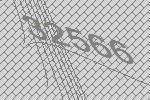
32566